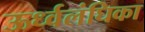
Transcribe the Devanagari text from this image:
ऊर्ध्वलंघिका